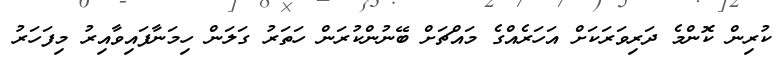
ކުރިން ކޮންމެ ދަރިވަރަކަށް އަހަރެއްގެ މައްޗަށް ބޭނުންކުރަން ހަތަރު ގަލަން ހިމަނާފައިވާއިރު މިފަހަރު